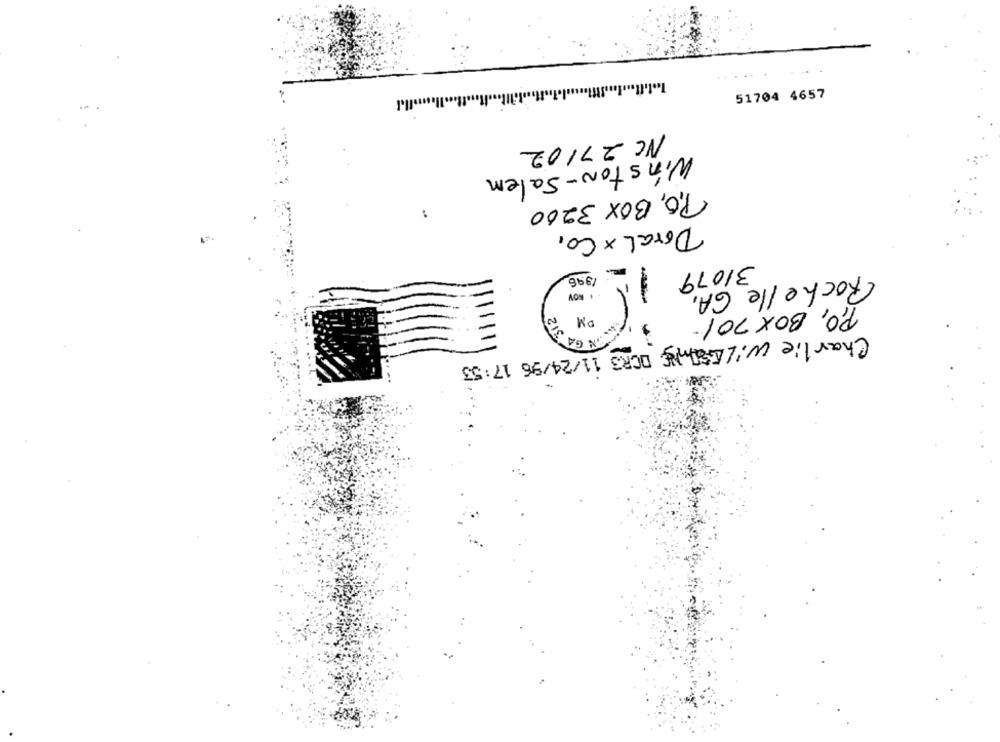
51704 4657
NC 27102
Winston-Salem
PO, BOX 3200
Doral xCo.
31079
1396
. . NOV
Rochelle GA,
PO, BOX 701-
Ka
ON GA
- -
Charlie WILLENE, DCR3 11/24/96 17:53